Annual report of the Civil Veterinary Department, Bengal, for the year 1896-97 - 1896-1897
Year: 1896
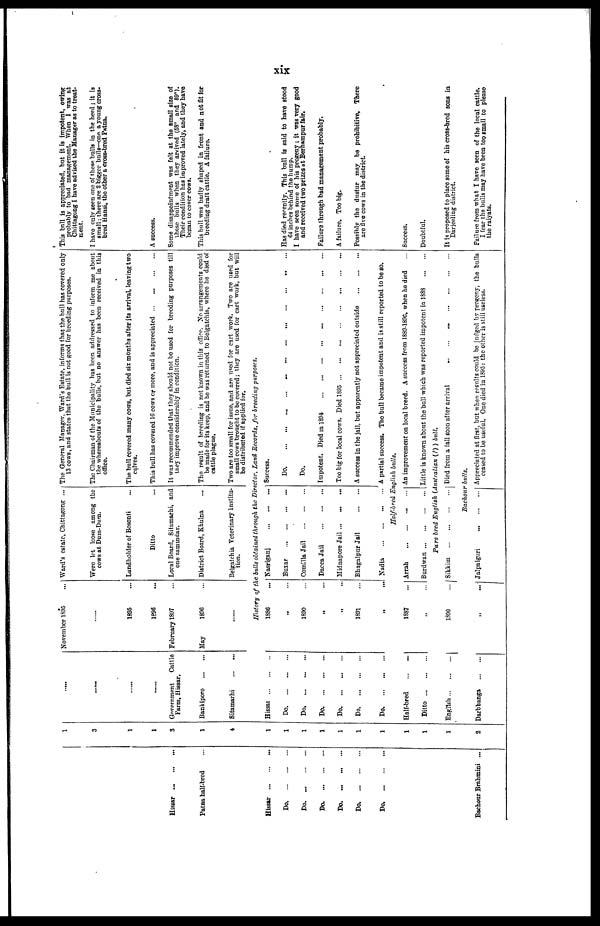
xix
Hissar
...
...
...
Patna half-bred ....
Hissar ... ... ...
Do. ... ... ...
Do ... ... ...
Do. ... ... ...
Do ... ... ...
Do. ... ... ...
Do. ... ... ...
Bachour Brahmini ...
1
3
1
1
3
1
4
1
1
1
1
1
1
1
1
1
1
2
.....
.....
.....
......
Government
Cattle
Farm, Hissar.
Bankipore ... ...
Sitamarhi ...
...
Hissar
...
...
...
Do ... ... ...
Do ... ... ...
Do. ... ... ...
Do ... ... ...
Do ... ... ...
Do ... ... ...
Half-bred
...
...
Ditto
...
...
...
English
...
...
...
Darbhanga
...
...
November 1895 ...
.....
1895 ...
1896 ...
February 1897
May
1896
Ward's estate, Chittagong ...
Were let loose among the
cows at Dum-Dum.
Landholder of Bosonti ...
Ditto
Local Board, Sitamarhi, and
one zamindar.
District Board, Khulna
Belgatchia Veterinary Institu-
tion.
The General Manager, Ward's Estate, informs that the bull has covered only
13 cows, and states that the bull is not good for breeding purposes.
The Chairman of the Municipality has been addressed to inform me about
the whereabouts of the bulls, but no answer has been received in this
office.
The bull covered many cows, but died six months after its arrival, leaving two
calves.
This bull has covered 16 cows or more, and is appreciated
It was recommended that they should not be used for breeding purposes till
they improve considerably in condition.
The result of breeding is not known in this office. No arrangements could
be made for its keep, and he was returned to Belgatchia, where he died of
cattle plague.
Two are too small for issue, and are used for cart work. Two are used for
small cows brought to bo covered; they are used for cart work, but will
be distributed if applied for.
History of the bulls obtained, through the Director, Zand Records, for breeding purposes.
1886 ...
„ ...
1890 ...
„ ...
„ ...
1891 ...
„ ...
1887 ...
„ ...
1890
...
„ ...
„ ...
Nasriganj
...
...
...
Buxar
...
...
......
...
Comilla Jail
...
...
...
Dacca Jail
Midnapore Jail ... ... ...
Bhagalpur Jail ... ... ...
Nadia
...
...
...
...
Success.
Do. ... ... ... ... ... ... ... ... ... ... ... ... ... ... ...
Do.
Impotent. Died in 1894
...
...
...
...
...
...
...
...
...
Too big for local cows. Died 1895 ... ... ... ... ... ... ... ... ...
A success in the jail, but apparently not appreciated outside
...
...
...
A partial success. The bull became impotent and is still reported to be so.
Half-bred English bulls.
Arrah
...
...
...
...
Burdwan
...
...
...
...
An improvement on local breed. A success from 1889-1890, when he died ...
Little is known about the bull which was reported impotent in 1888
......
Pure bred English (Australian (?)) bull.
Sikkim
...
...
...
...
i
Died from a fall soon after arrival
...
...
...
...
Bachour bulls.
Jalpaiguri
...
...
... Appreciated at first, but when results could be judged by progeny, the bulls
ceased to be useful. One died in 1895: the other is still useless.
This bull is appreciated, but it is impotent, owing
probably to bad management. When I was at
Chittagong I have advised the Manager as to treat-
cent.
I have only seen one of these bulls in the herd ; it is
small; there are 2 bigger bulls—one a young cross-
bred Hansi, tbe other a cross-bred Patna.
A success.
Some disappointment was felt at the small size of
these bulls when they arrived (58" and 69").
Their condition has improved lately, and they have
began to cover cows.
This bull was badly shaped in front and not fit for
breeding draft cattle. A failure.
Has died recently. This bull is said to have stood
64 inches behind the hump.
I have seen some of his progeny; it was very good
and received two prizes at Berhampur fair.
Failure through bad management probably.
A failure. Too big.
Possibly the dustur may be prohibitive, There
are five cows in the district.
Success.
Doubtful.
It is proposed to place some of his cross-bred sons in
Darjeeling district.
Failure from what I have seen of the local cattle.
I fear the bulls may have been too small to please
the raiyats.